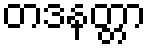
တဒနတ္တာ